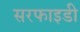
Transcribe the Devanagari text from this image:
सरफाइडी